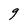
Character: g